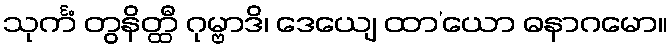
သုင်္ကံ တွနိတ္ထီ ဂုမ္ဗာဒိ၊ ဒေယျေ ထာ’ယော ဓနာဂမော။